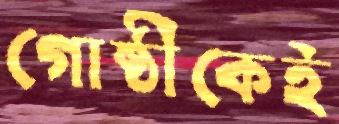
গোষ্ঠীকেই